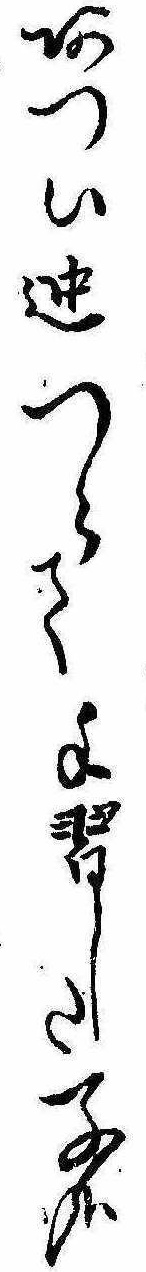
あつい迚つらて手習した子哉